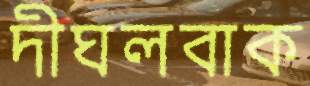
দীঘলবাক